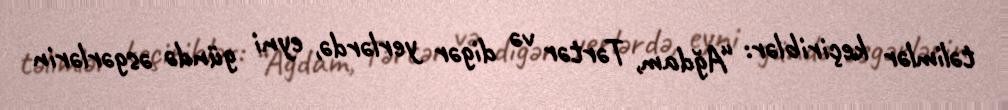
təlimlər keçiriblər: “Ağdam, Tərtər və digər yerlərdə, eyni gündə əsgərlərin